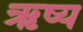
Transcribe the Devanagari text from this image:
ऋष्य